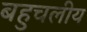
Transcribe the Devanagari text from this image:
बहुचलीय